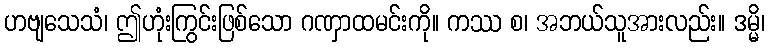
ဟဗျသေသံ၊ ဤဟုံးကြွင်းဖြစ်သော ဂဏှာထမင်းကို။ ကဿ စ၊ အဘယ်သူအားလည်း။ ဒမ္မိ၊